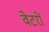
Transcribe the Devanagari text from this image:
वेटरों